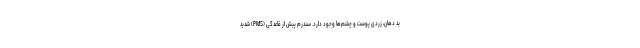
بد دهان، زردی پوست و چشم‌ها وجود دارد. سندرم پیش از قاعدگی (PMS) شدید